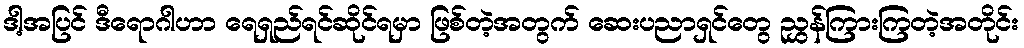
ဒါ့အပြင် ဒီရောဂါဟာ ရေရှည်ရင်ဆိုင်ရမှာ ဖြစ်တဲ့အတွက် ဆေးပညာရှင်တွေ ညွှန်ကြားကြတဲ့အတိုင်း